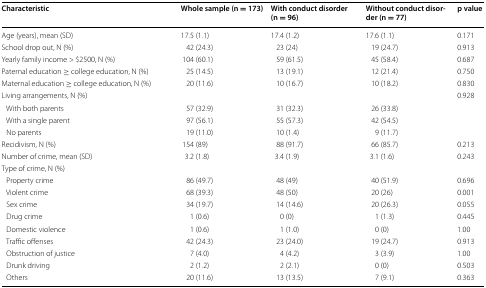
| Characteristic | Whole sample (n = 173) | With conduct disorder (n = 96) | Without conduct disorder (n = 77) | p value |
 | --- | --- | --- | --- | --- |
 | Age (years), mean (SD) | 17.5 (1.1) | 17.4 (1.2) | 17.6 (1.1) | 0.171 |
 | School drop out, N (%) | 42 (24.3) | 23 (24) | 19 (24.7) | 0.913 |
 | Yearly family income > $2500, N (%) | 104 (60.1) | 59 (61.5) | 45 (58.4) | 0.687 |
 | Paternal education ≥ college education, N (%) | 25 (14.5) | 13 (19.1) | 12 (21.4) | 0.750 |
 | Maternal education ≥ college education, N (%) | 20 (11.6) | 10 (16.7) | 10 (18.2) | 0.830 |
 | Living arrangements, N (%) |  |  |  | 0.928 |
 | With both parents | 57 (32.9) | 31 (32.3) | 26 (33.8) |  |
 | With a single parent | 97 (56.1) | 55 (57.3) | 42 (54.5) |  |
 | No parents | 19 (11.0) | 10 (1.4) | 9 (11.7) |  |
 | Recidivism, N (%) | 154 (89) | 88 (91.7) | 66 (85.7) | 0.213 |
 | Number of crime, mean (SD) | 3.2 (1.8) | 3.4 (1.9) | 3.1 (1.6) | 0.243 |
 | <COLSPAN=5> Type of crime, N (%) |
 | Property crime | 86 (49.7) | 48 (49) | 40 (51.9) | 0.696 |
 | Violent crime | 68 (39.3) | 48 (50) | 20 (26) | 0.001 |
 | Sex crime | 34 (19.7) | 14 (14.6) | 20 (26.3) | 0.055 |
 | Drug crime | 1 (0.6) | 0 (0) | 1 (1.3) | 0.445 |
 | Domestic violence | 1 (0.6) | 1 (1.0) | 0 (0) | 1.00 |
 | Traffic offenses | 42 (24.3) | 23 (24.0) | 19 (24.7) | 0.913 |
 | Obstruction of justice | 7 (4.0) | 4 (4.2) | 3 (3.9) | 1.00 |
 | Drunk driving | 2 (1.2) | 2 (2.1) | 0 (0) | 0.503 |
 | Others | 20 (11.6) | 13 (13.5) | 7 (9.1) | 0.363 |